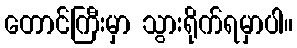
တောင်ကြီးမှာ သွားရိုက်ရမှာပါ။